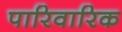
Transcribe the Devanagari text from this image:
पारिवारिक